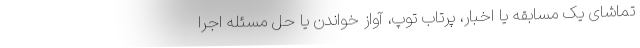
تماشای یک مسابقه یا اخبار، پرتاب توپ، آواز خواندن یا حل مسئله اجرا